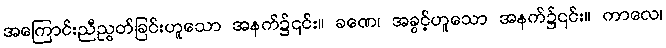
အကြောင်းညီညွတ်ခြင်းဟူသော အနက်၌၎င်း။ ခဏေ၊ အခွင့်ဟူသော အနက်၌၎င်း။ ကာလေ၊